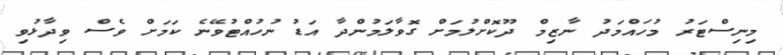
މިނިސްޓަރު މުހައްމަދު ނާޒިމް ދޫކޮށްލުމަށް ގޮވާލަމުންދާ އަޑު ނުހުއްޓުވޭނެ ކަމަށް ވެސް ވިދާޅުވި